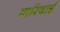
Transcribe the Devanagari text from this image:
मारियाई